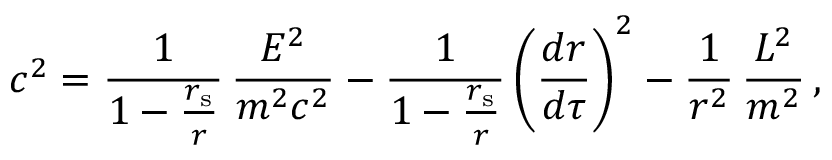
c ^ { 2 } = { \frac { 1 } { 1 - { \frac { r _ { \mathrm { { s } } } } { r } } } } \, { \frac { E ^ { 2 } } { m ^ { 2 } c ^ { 2 } } } - { \frac { 1 } { 1 - { \frac { r _ { \mathrm { { s } } } } { r } } } } \left( { \frac { d r } { d \tau } } \right) ^ { 2 } - { \frac { 1 } { r ^ { 2 } } } \, { \frac { L ^ { 2 } } { m ^ { 2 } } } \, ,